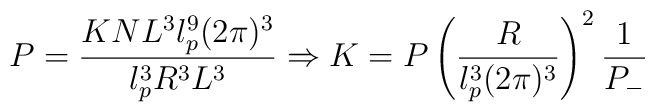
P=\frac{K N L^3 l^9_p (2 \pi )^3}{l^3_p R^3 L^3} \Rightarrow K=P \left( \frac{R}{l^3_p (2 \pi )^3} \right)^2 \frac{1}{P_-}